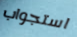
استجواب